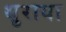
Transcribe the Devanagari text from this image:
थ़ुराया